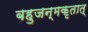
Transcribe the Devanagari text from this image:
बहुजन्मकृतात्